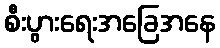
စီးပွားရေးအခြေအနေ